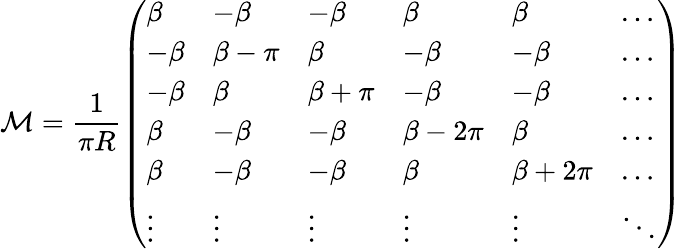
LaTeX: {\mathcal M}=\frac{1}{\pi R}\left(\begin{array}{llllll}{{\beta}}&{{-\beta}}&{{-\beta}}&{{\beta}}&{{\beta}}&{{\ldots}}\\ {{-\beta}}&{{\beta-\pi}}&{{\beta}}&{{-\beta}}&{{-\beta}}&{{\ldots}}\\ {{-\beta}}&{{\beta}}&{{\beta+\pi}}&{{-\beta}}&{{-\beta}}&{{\ldots}}\\ {{\beta}}&{{-\beta}}&{{-\beta}}&{{\beta-2\pi}}&{{\beta}}&{{\ldots}}\\ {{\beta}}&{{-\beta}}&{{-\beta}}&{{\beta}}&{{\beta+2\pi}}&{{\ldots}}\\ {{\vdots}}&{{\vdots}}&{{\vdots}}&{{\vdots}}&{{\vdots}}&{{\ddots}}\end{array}\right)